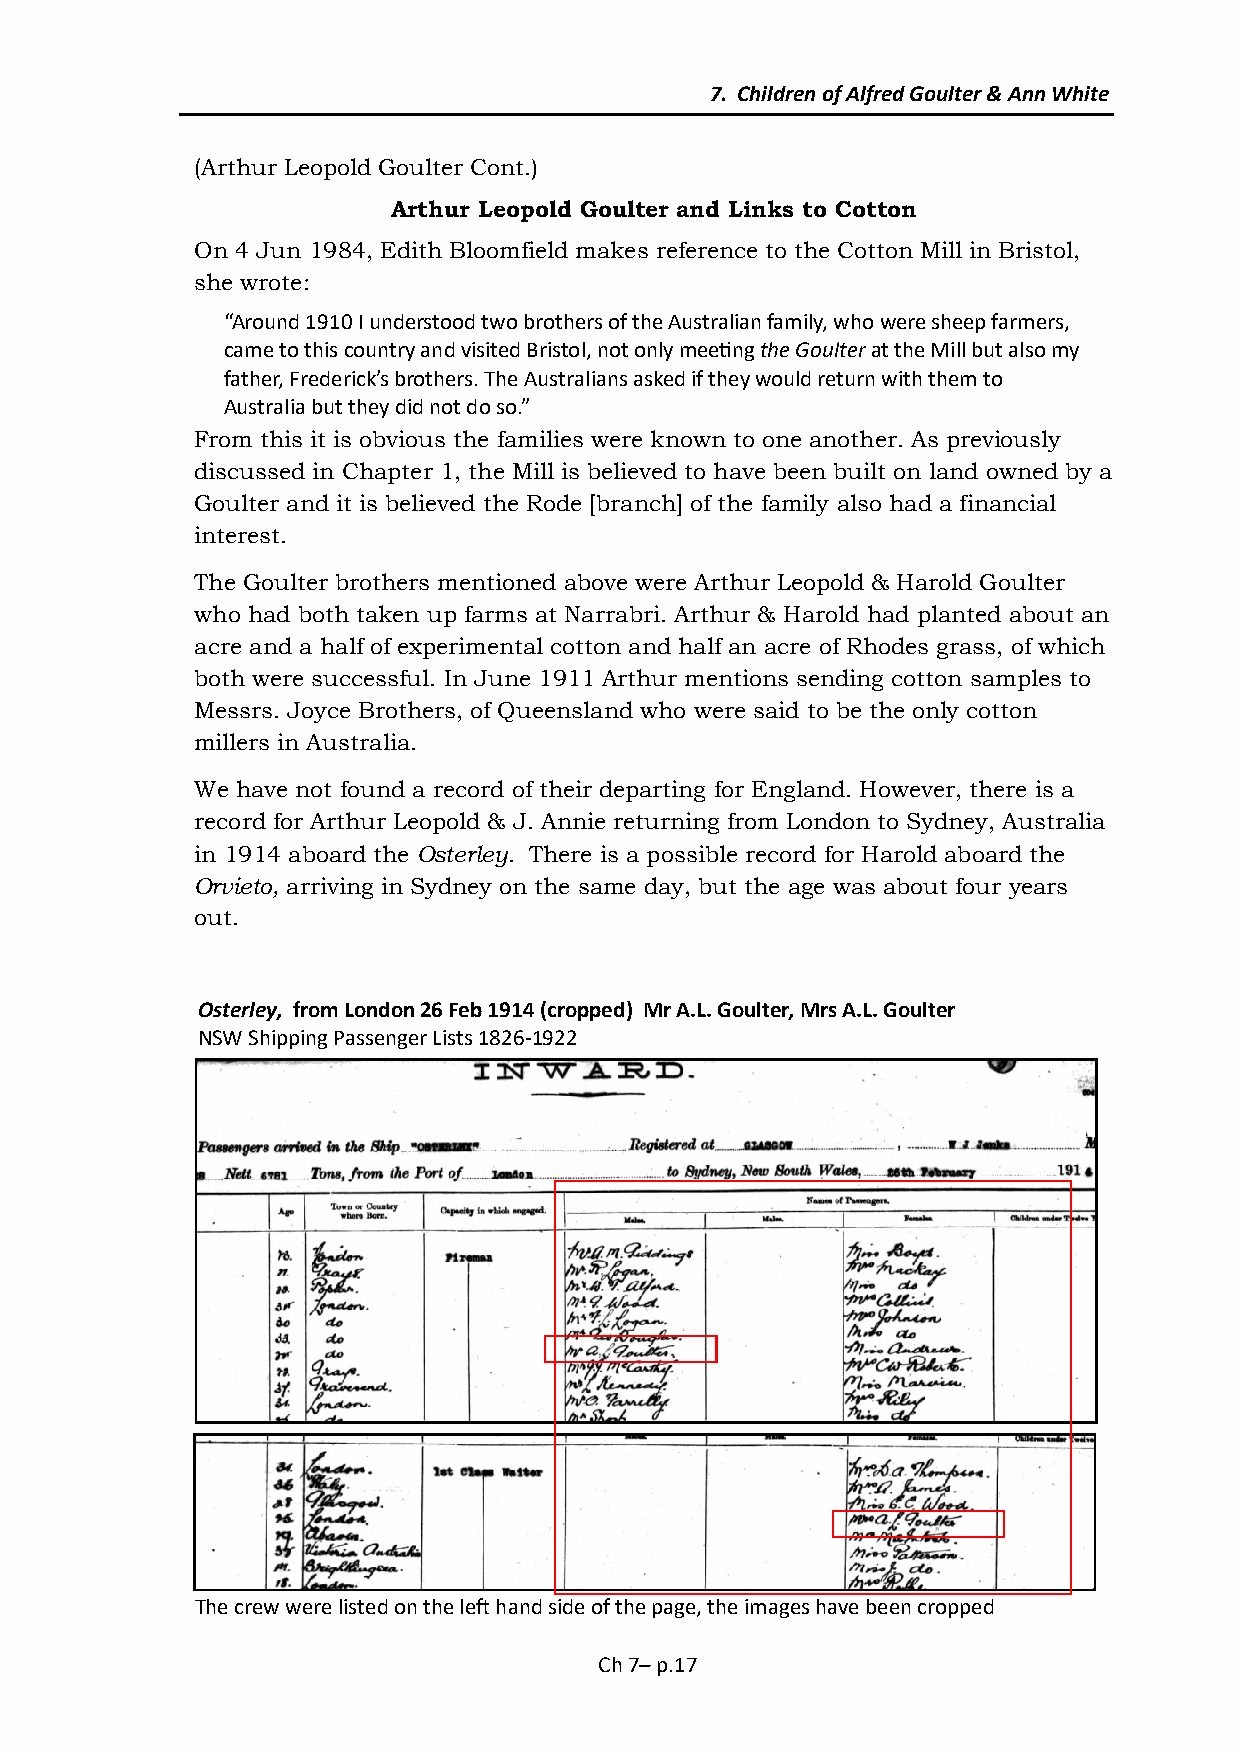
7. Children of Alfred Goulter & Ann White
 (Arthur Leopold Goulter Cont.)
 Arthur Leopold Goulter and Links to Cotton
 On 4 Jun 1984, Edith Bloomfield makes reference to the Cotton Mill in Bristol,
 she wrote:
 “Around 1910 I understood two brothers of the Australian family, who were sheep farmers,
 came to this country and visited Bristol, not only meeting the Goulter at the Mill but also my
 father, Frederick’s brothers. The Australians asked if they would return with them to
 Australia but they did not do so.”
 From this it is obvious the families were known to one another. As previously
 discussed in Chapter 1, the Mill is believed to have been built on land owned by a
 Goulter and it is believed the Rode [branch] of the family also had a financial
 interest.
 The Goulter brothers mentioned above were Arthur Leopold & Harold Goulter
 who had both taken up farms at Narrabri. Arthur & Harold had planted about an
 acre and a half of experimental cotton and half an acre of Rhodes grass, of which
 both were successful. In June 1911 Arthur mentions sending cotton samples to
 Messrs. Joyce Brothers, of Queensland who were said to be the only cotton
 millers in Australia.
 We have not found a record of their departing for England. However, there is a
 record for Arthur Leopold & J. Annie returning from London to Sydney, Australia
 in 1914 aboard the Osterley. There is a possible record for Harold aboard the
 Orvieto, arriving in Sydney on the same day, but the age was about four years
 out.
 Osterley, from London 26 Feb 1914 (cropped) Mr A.L. Goulter, Mrs A.L. Goulter
 NSW Shipping Passenger Lists 1826-1922
 The crew were listed on the left hand side of the page, the images have been cropped
 Ch 7– p.17